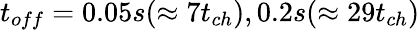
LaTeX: t_{off}=0.05s(\approx 7t_{ch}),0.2s(\approx 29t_{ch})